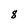
Character: 8